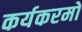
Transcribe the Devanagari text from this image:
कर्यकरमो